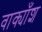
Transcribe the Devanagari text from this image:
वाक्याँश